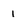
Character: 1